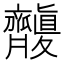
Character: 𪗑